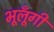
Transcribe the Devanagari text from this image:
भूलूँगी